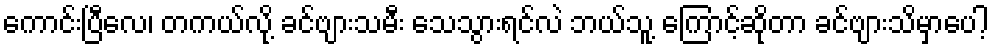
ကောင်းပြီလေ၊ တကယ်လို့ ခင်ဗျားသမီး သေသွားရင်လဲ ဘယ်သူ့ ကြောင့်ဆိုတာ ခင်ဗျားသိမှာပေါ့